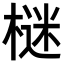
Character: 𣗌